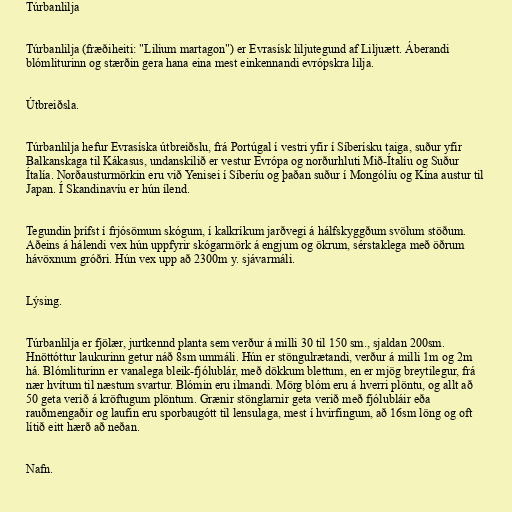
Túrbanlilja

Túrbanlilja (fræðiheiti: "Lilium martagon") er Evrasísk liljutegund af Liljuætt. Áberandi
blómliturinn og stærðin gera hana eina mest einkennandi evrópskra lilja.

Útbreiðsla.

Túrbanlilja hefur Evrasíska útbreiðslu, frá Portúgal í vestri yfir í Síberísku taiga, suður yfir
Balkanskaga til Kákasus, undanskilið er vestur Evrópa og norðurhluti Mið-Ítalíu og Suður
Ítalía. Norðausturmörkin eru við Yenisei í Síberíu og þaðan suður í Mongólíu og Kína austur til
Japan. Í Skandinavíu er hún ílend.

Tegundin þrífst í frjósömum skógum, í kalkríkum jarðvegi á hálfskyggðum svölum stöðum.
Aðeins á hálendi vex hún uppfyrir skógarmörk á engjum og ökrum, sérstaklega með öðrum
hávöxnum gróðri. Hún vex upp að 2300m y. sjávarmáli.

Lýsing.

Túrbanlilja er fjölær, jurtkennd planta sem verður á milli 30 til 150 sm., sjaldan 200sm.
Hnöttóttur laukurinn getur náð 8sm ummáli. Hún er stöngulrætandi, verður á milli 1m og 2m
há. Blómliturinn er vanalega bleik-fjólublár, með dökkum blettum, en er mjög breytilegur, frá
nær hvítum til næstum svartur. Blómin eru ilmandi. Mörg blóm eru á hverri plöntu, og allt að
50 geta verið á kröftugum plöntum. Grænir stönglarnir geta verið með fjólubláir eða
rauðmengaðir og laufin eru sporbaugótt til lensulaga, mest í hvirfingum, að 16sm löng og oft
lítið eitt hærð að neðan.

Nafn.